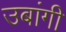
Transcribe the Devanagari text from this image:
उबांगी